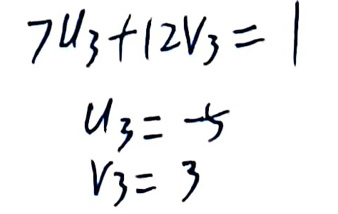
\begin{align*}
7u_3 + 12v_3 &= 1\\
u_3 &= -5\\
v_3 &= 3
\end{align*}